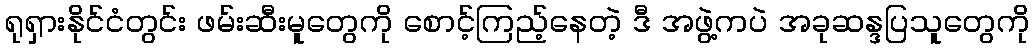
ရုရှားနိုင်ငံတွင်း ဖမ်းဆီးမူတွေကို စောင့်ကြည့်နေတဲ့ ဒီ အဖွဲ့ကပဲ အခုဆန္ဒပြသူတွေကို